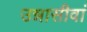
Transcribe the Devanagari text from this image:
उन्नासीवां